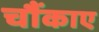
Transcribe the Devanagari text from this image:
चौंकाए